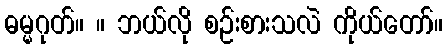
ဓမ္မဂုတ်။ ။ ဘယ်လို စဉ်းစားသလဲ ကိုယ်တော်။